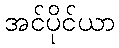
အင်ပိုင်ယာ